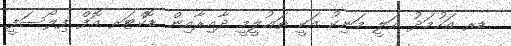
ޑރ އަހުމަދު ޢަލީ މަނިކު އަކީ ތަޢުލީމީ ދާއިރާއިން ޑޮކްޓަރ އޮފް ފިލޯސަފީ